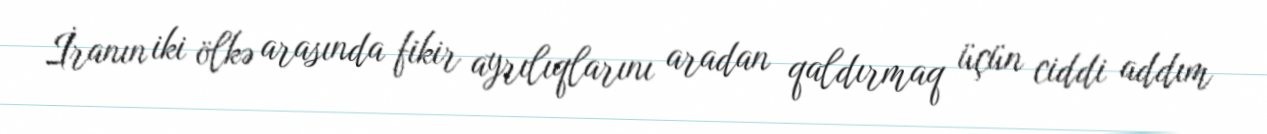
İranın iki ölkə arasında fikir ayrılıqlarını aradan qaldırmaq üçün ciddi addım